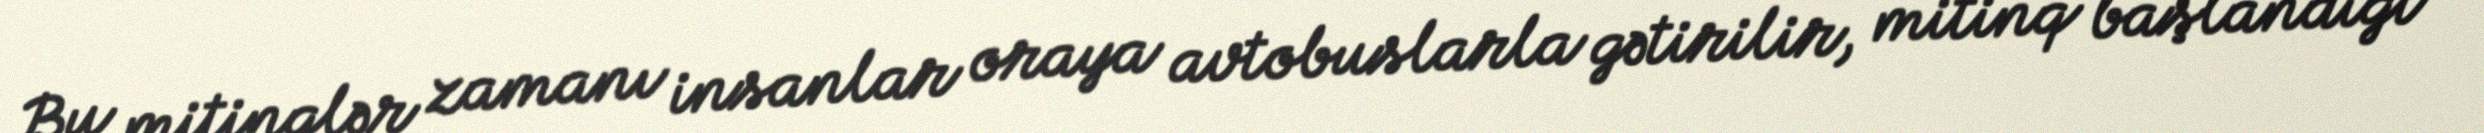
Bu mitinqlər zamanı insanlar oraya avtobuslarla gətirilir, mitinq başlandığı